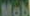
Mob